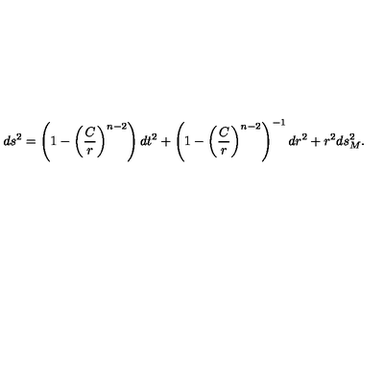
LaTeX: d s ^ { 2 } = \left( 1 - \left( \frac { C } { r } \right) ^ { n - 2 } \right) d t ^ { 2 } + \left( 1 - \left( \frac { C } { r } \right) ^ { n - 2 } \right) ^ { - 1 } d r ^ { 2 } + r ^ { 2 } d s _ { M } ^ { 2 } .